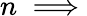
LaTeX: n\implies